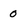
Character: 0